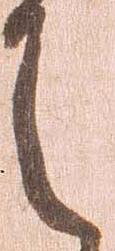
令